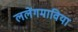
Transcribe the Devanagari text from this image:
ललेंगमाविया